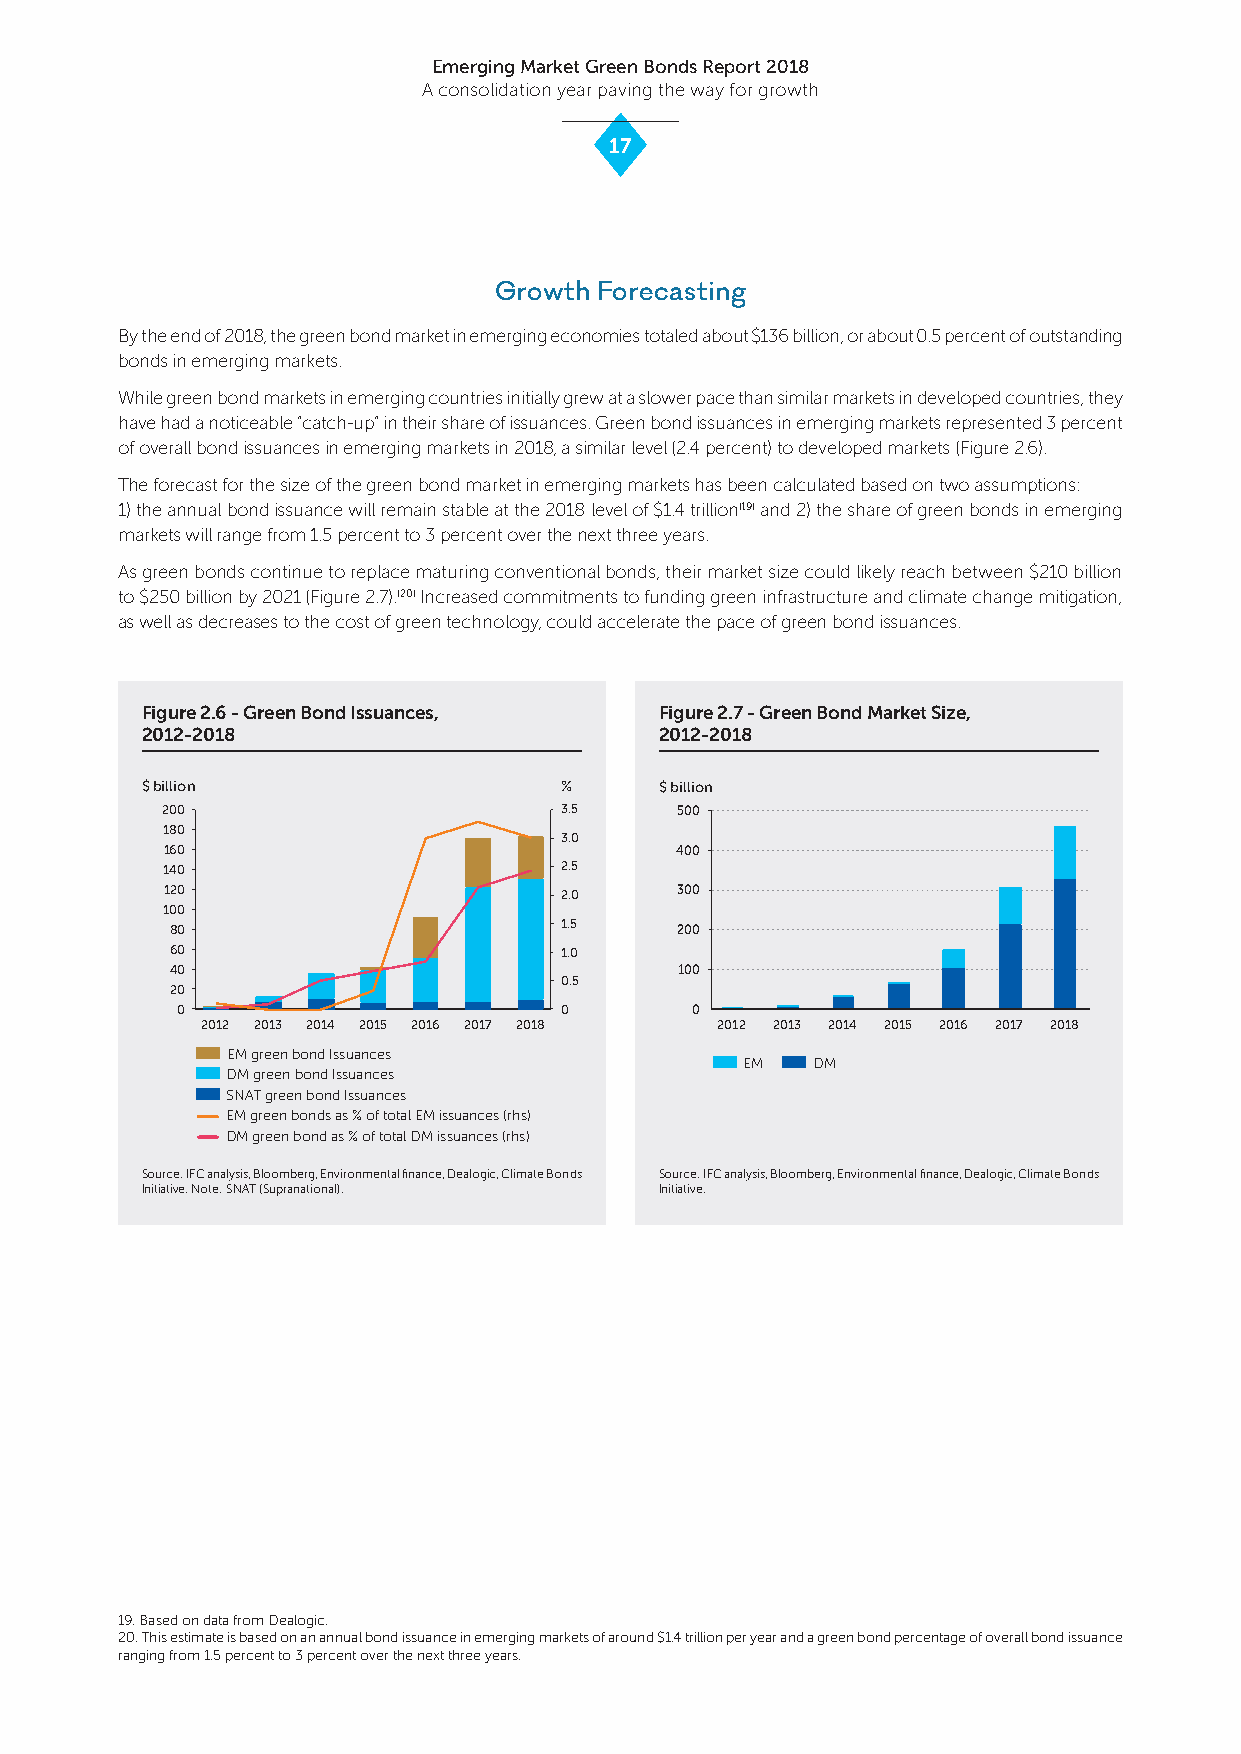
Emerging Market Green Bonds Report 2018
 A consolidation year paving the way for growth
 17
 Growth Forecasting
 By the end of 2018, the green bond market in emerging economies totaled about $136 billion, or about 0.5 percent of outstanding
 bonds in emerging markets.
 While green bond markets in emerging countries initially grew at a slower pace than similar markets in developed countries, they
 have had a noticeable “catch-up” in their share of issuances. Green bond issuances in emerging markets represented 3 percent
 of overall bond issuances in emerging markets in 2018, a similar level (2.4 percent) to developed markets (Figure 2.6).
 The forecast for the size of the green bond market in emerging markets has been calculated based on two assumptions:
 1) the annual bond issuance will remain stable at the 2018 level of $1.4 trillion(19) and 2) the share of green bonds in emerging
 markets will range from 1.5 percent to 3 percent over the next three years.
 As green bonds continue to replace maturing conventional bonds, their market size could likely reach between $210 billion
 to $250 billion by 2021 (Figure 2.7).(20) Increased commitments to funding green infrastructure and climate change mitigation,
 as well as decreases to the cost of green technology, could accelerate the pace of green bond issuances.
 Figure 2.6 - Green Bond Issuances, Figure 2.7 - Green Bond Market Size,
 2012-2018                          2012-2018
 $ billion                   %      $ billion
 200                       3.5     500
 180
 3.0
 160                               400
 140                       2.5
 120                       2.0     300
 100
 80                        1.5     200
 60                        1.0
 40                                100
 0.5
 20
 0                        0        0
 2012 2013 2014 2015 2016 2017 2018 2012 2013 2014 2015 2016 2017 2018
 EM green bond Issuances
 EM   DM
 DM green bond Issuances
 SNAT green bond Issuances
 E M green bonds as % of total EM issuances (rhs)
 D M green bond as % of total DM issuances (rhs)
 Source: IFC analysis, Bloomberg, Environmental finance, Dealogic, Climate Bonds Source: IFC analysis, Bloomberg, Environmental finance, Dealogic, Climate Bonds
 Initiative. Note: SNAT (Supranational). Initiative.
 19. Based on data from Dealogic.
 20. This estimate is based on an annual bond issuance in emerging markets of around $1.4 trillion per year and a green bond percentage of overall bond issuance
 ranging from 1.5 percent to 3 percent over the next three years.